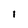
Character: l